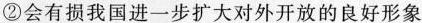
②会有损我国进一步扩大对外开放的良好形象